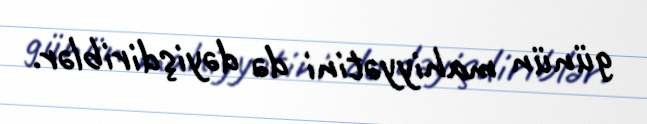
günün mahiyyətini də dəyişdiriblər.